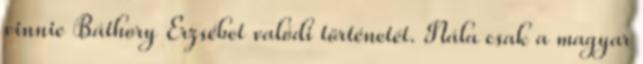
vinnie Báthory Erzsébet valódi történetét. Nála csak a magyar